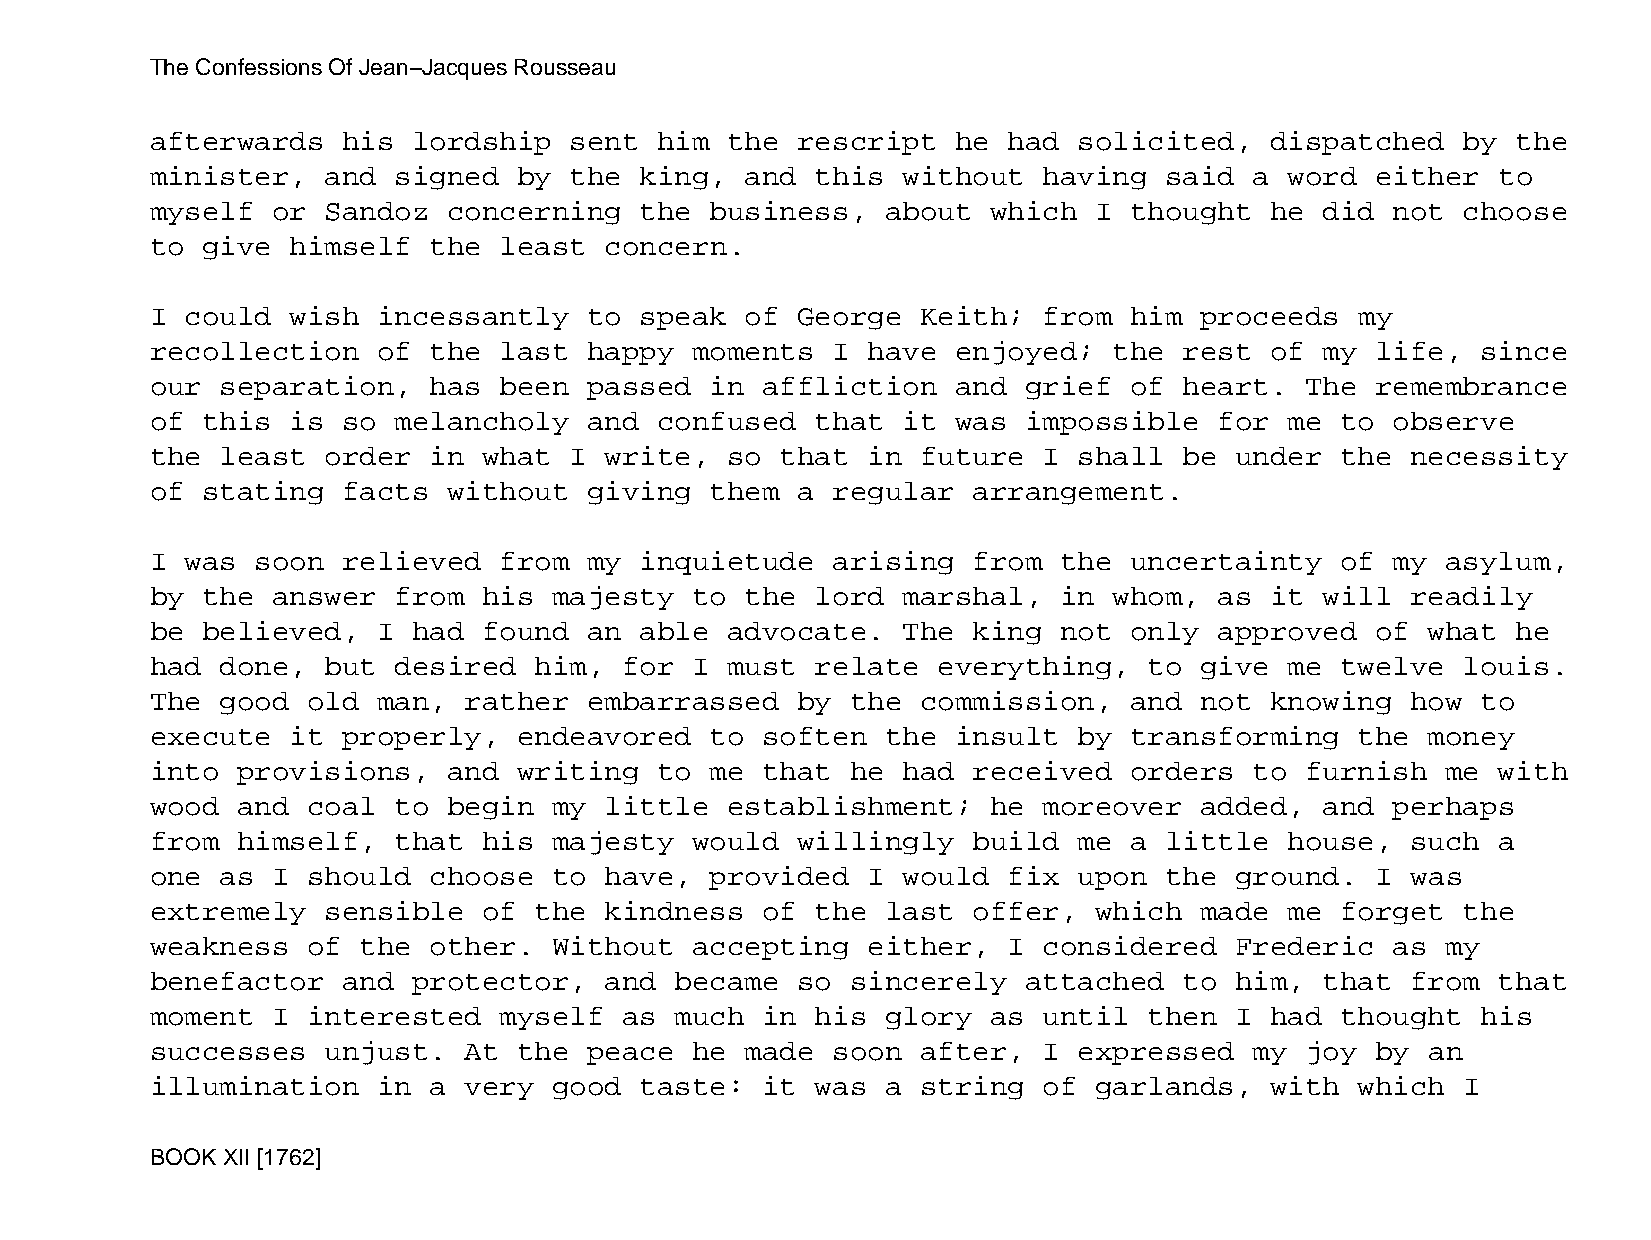
The Confessions Of Jean−Jacques Rousseau
 afterwards   his lordship   sent  him the  rescript  he  had solicited,   dispatched   by the
 minister,   and signed  by  the king,  and  this  without  having  said  a word  either  to
 myself  or  Sandoz  concerning  the  business,   about  which I  thought  he  did not  choose
 to give  himself  the  least  concern.
 I could  wish  incessantly   to speak  of  George  Keith;  from  him proceeds   my
 recollection   of the  last  happy  moments  I have  enjoyed;   the rest  of  my life,  since
 our  separation,  has  been  passed  in affliction   and  grief  of heart.  The  remembrance
 of this  is  so melancholy   and  confused  that  it was  impossible   for me  to observe
 the  least  order in  what  I write,  so  that in  future  I shall  be  under  the necessity
 of stating   facts  without  giving  them  a regular  arrangement.
 I was  soon  relieved  from  my inquietude   arising  from  the  uncertainty   of my  asylum,
 by the  answer  from  his  majesty  to the  lord  marshal,  in  whom,  as it  will readily
 be believed,   I had  found  an able  advocate.   The king  not  only  approved  of  what he
 had  done,  but desired  him,  for  I must  relate  everything,   to give  me  twelve  louis.
 The  good old  man,  rather  embarrassed   by the  commission,   and not  knowing  how  to
 execute  it  properly,  endeavored   to soften   the insult  by  transforming   the  money
 into  provisions,   and writing   to me that  he  had received   orders  to furnish   me with
 wood  and coal  to  begin  my little  establishment;    he moreover  added,   and perhaps
 from  himself,  that  his  majesty  would  willingly  build  me  a little  house,  such  a
 one  as I should  choose   to have,  provided  I  would  fix upon  the  ground.  I was
 extremely   sensible  of the  kindness  of  the  last offer,  which  made  me  forget  the
 weakness  of  the other.   Without  accepting  either,   I considered   Frederic  as  my
 benefactor   and protector,   and  became  so sincerely   attached  to  him,  that from  that
 moment  I interested   myself  as  much in  his  glory  as until  then  I had  thought  his
 successes   unjust.  At the  peace  he made  soon  after,  I expressed   my joy  by  an
 illumination   in a  very  good taste:  it  was  a string  of garlands,   with  which  I
 BOOK XII [1762]